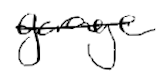
Text: garage
Cross-out: single-line
Writing tool: digital_black